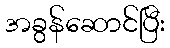
အခွန်ဆောင်ပြီး